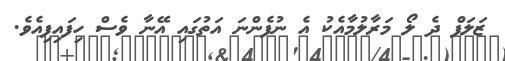
ޒަލަފް ދެ ލޯ މަރާލުމާއެކު އެ ނުފެންނަ އަތުގައި އޭނާ ވެސް ހިފައިފިއެވެ.